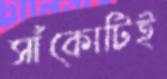
সাঁকোটিই